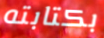
بكتابته